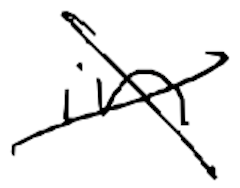
Text: in
Cross-out: cross
Writing tool: digital_black